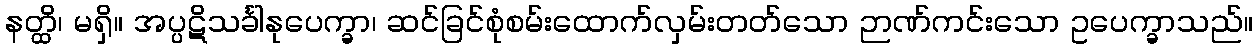
နတ္ထိ၊ မရှိ။ အပ္ပဋိသင်္ခါနုပေက္ခာ၊ ဆင်ခြင်စုံစမ်းထောက်လှမ်းတတ်သော ဉာဏ်ကင်းသော ဥပေက္ခာသည်။